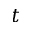
t